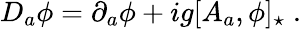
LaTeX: D_{a}\phi=\partial_{a}\phi+ig[A_{a},\phi]_{\star}\; .